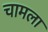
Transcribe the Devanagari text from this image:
चामला